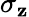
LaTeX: \sigma_{\mathbf{z}}